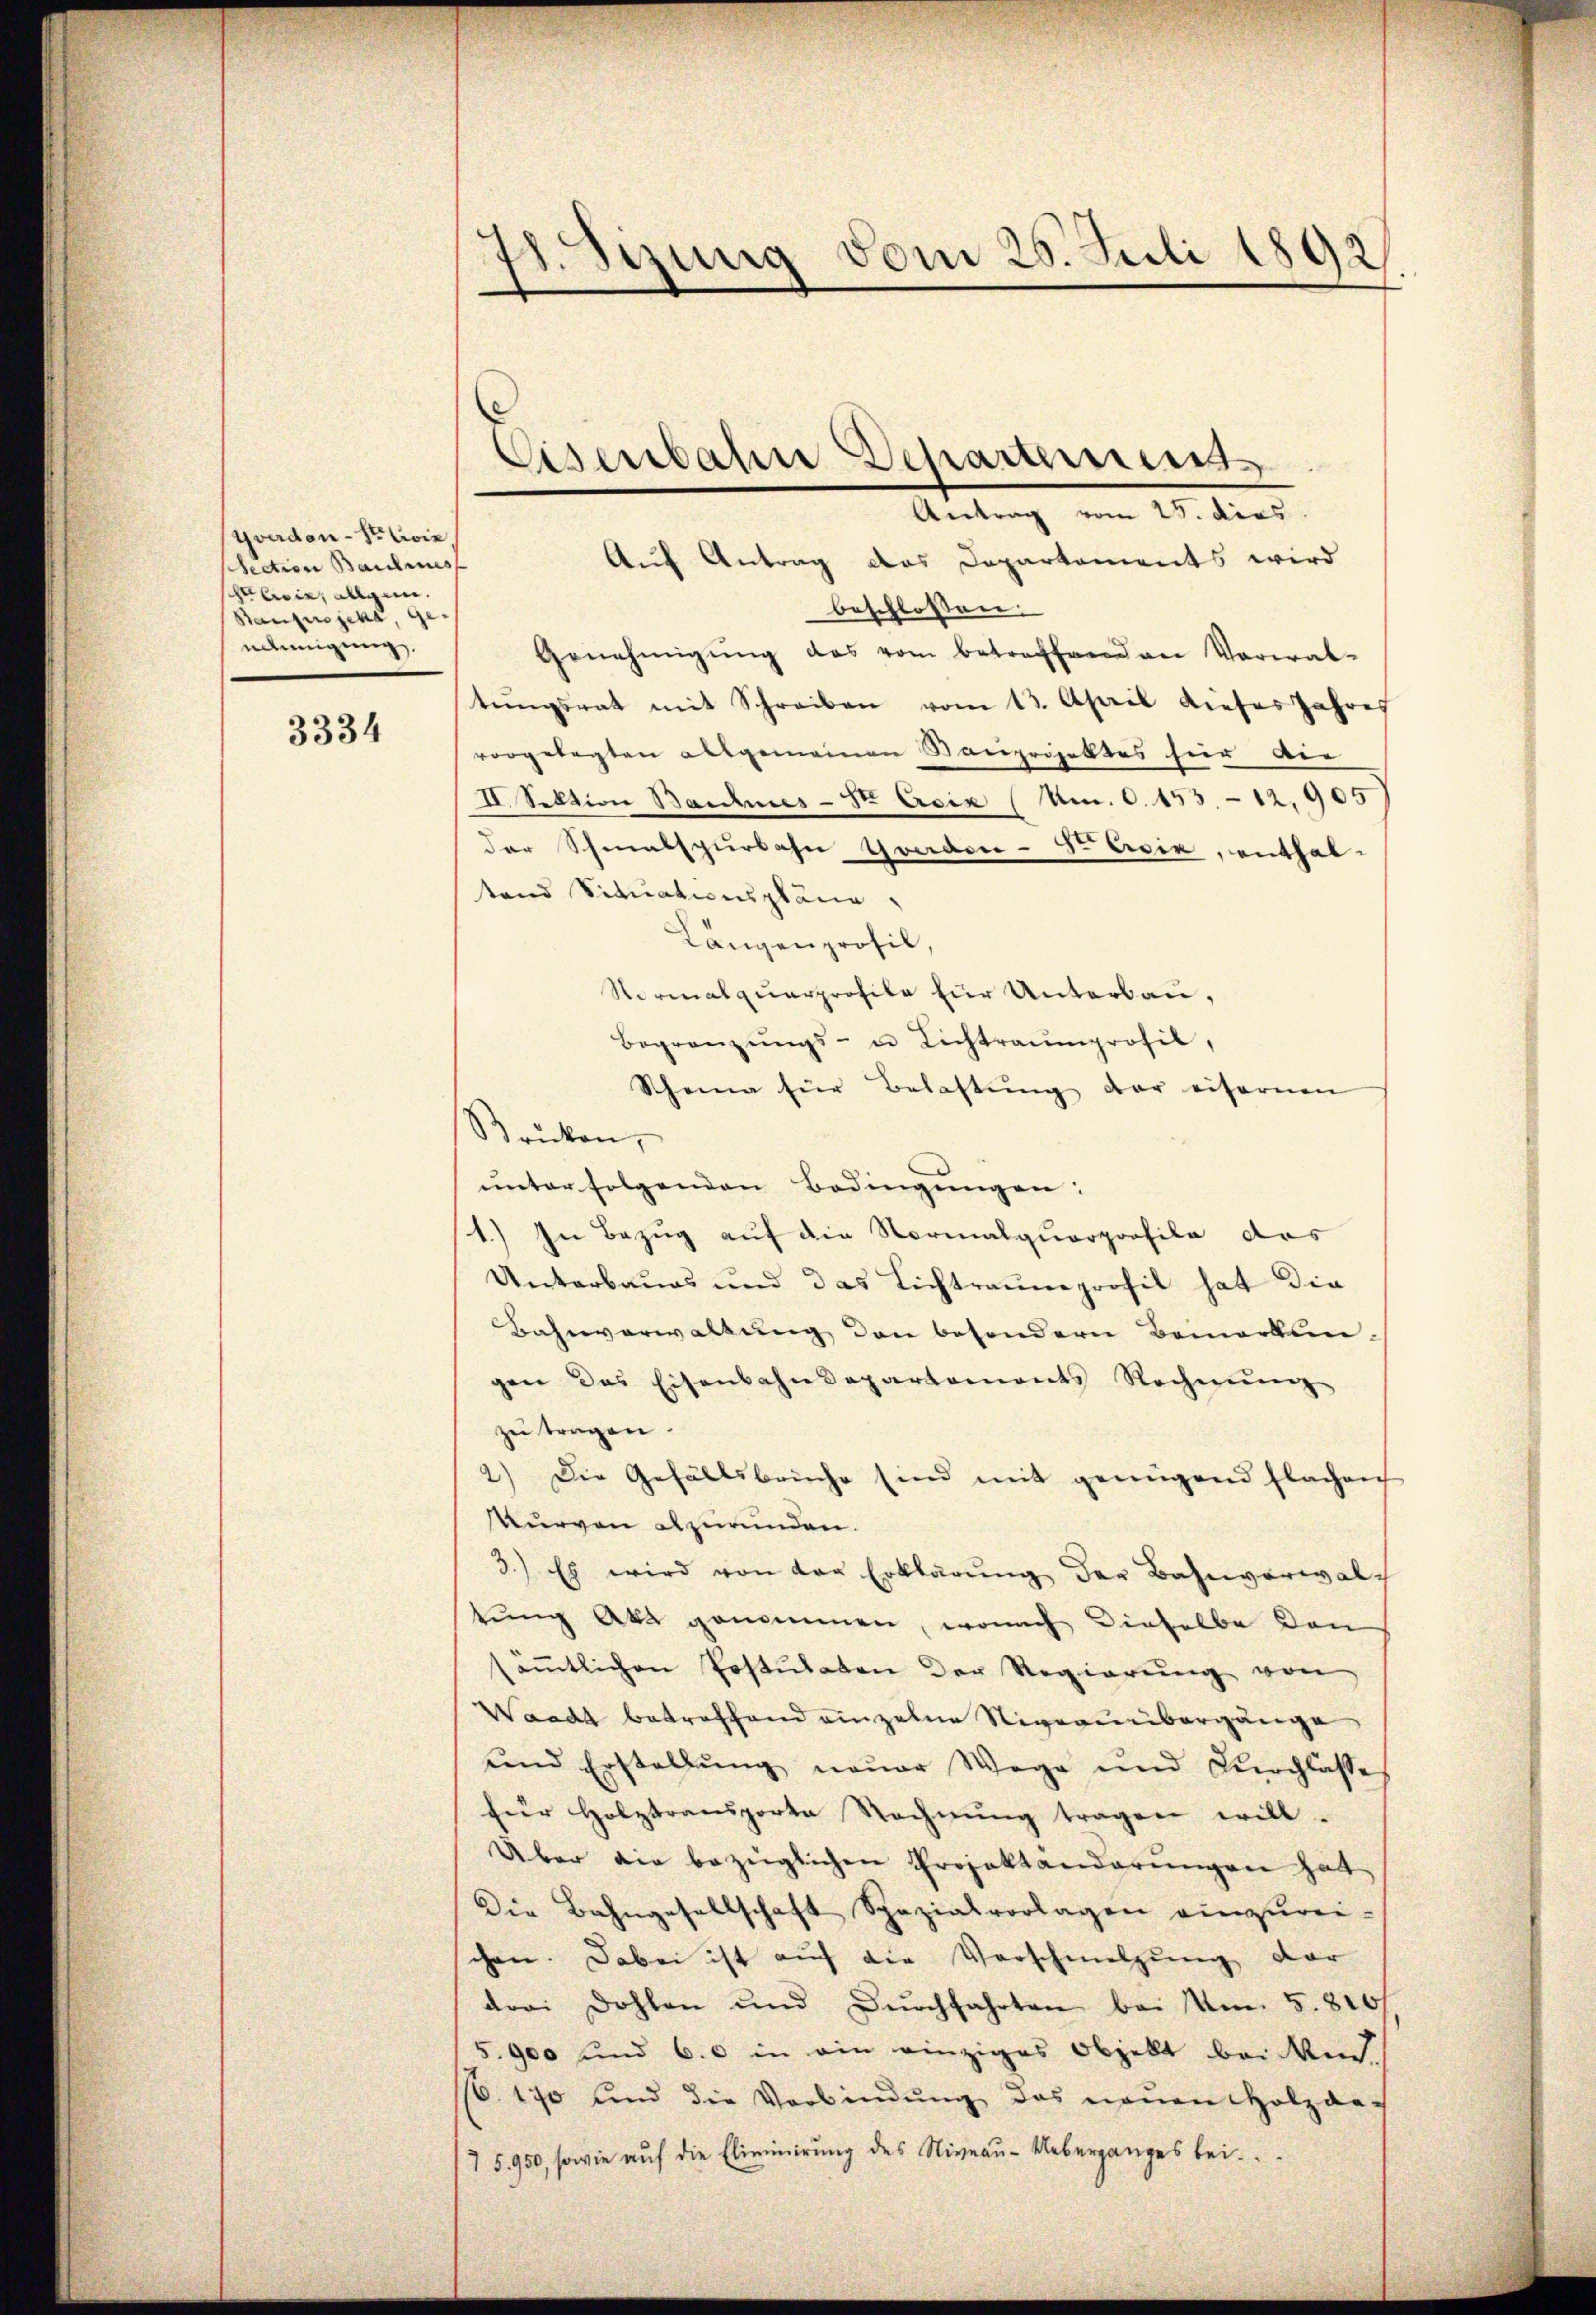
Yverdon-Servie,
section Baulines
helerie, allgeme
Banprojekt genehmigung

3334

1. Sizung vom 20. Juli 1892

Auf Antrag das Departements wird
beschlossen.
Genehmigŭng das vom betreffend an Verwal-
tŭngsrat mit Schreiben vom 13. April dieses Jahres
vorgelegten allgemeinen Bauprojektes hier die
II. Sektion Bauhmes-S. Asia (Um. 6. 153 - 12. 905
der Schmalspurbahn Graden- Avia, enthal-
stand Situationspläne.
Längenprofil,
Normalquarprofile für Unterbau,
Begränzŭngs- u Lichtraumprofil,
Scheina für Belastŭng der eifernen
Brücken,
unter folgenden Bedingungen:
1.) In Bezug auf die Normalquorprofile des
Unterbaus und das Lichtraumprofil hat die
Bahnverwaltung den besondern Bemerkun-
gen das Eisenbahndepartements Rechnŭng
zu tragen.
2.) Die Gefällsbrüche sind mit genügend flachen
Kurven abzuunden.
3.) Es wird von der Erklärŭng der Bahnverwalch
tung Akt genommen, wonach dieselbe den
säṁtlichen Postulaten der Regierŭng von
Waadt betreffend einzelne Niveauübergänge
und Erstellŭng neŭer Wege und Zürchlasse
für Holztransporte Rechnŭng tragen will.
Über die bezüglichen Projektänderŭngen hat
Die Bahngesellschaft Spezialvorlagen einzŭrei-
schen. Dabei ist auf die Vorschmelzung dar
drei Dohlen und Dŭrchfahrten bei Am 5. 810 f.
5.900 und 6.0 in ein einziges Objekt bei And.
. 170 und die Verbindŭng das neŭen Holzge-
75. 950, sowie aŭf die Eliminirŭng des Niveaŭ-Ueberganges bei.

Eisenbahne Departemens
Antrag vom 25. dies